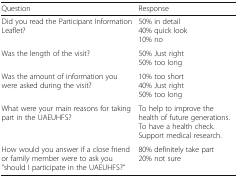
<table><thead><tr><td><b>Question</b></td><td><b>Response</b></td></tr></thead><tbody><tr><td>Did you read the Participant Information Leaflet?</td><td>50% in detail40% quick look10% no</td></tr><tr><td>Was the length of the visit?</td><td>50% Just right50% too long</td></tr><tr><td>Was the amount of information you were asked during the visit?</td><td>10% too short40% Just right50% too long</td></tr><tr><td>What were your main reasons for taking part in the UAEUHFS?</td><td>To help to improve the health of future generations.To have a health check.Support medical research.</td></tr><tr><td>How would you answer if a close friend or family member were to ask you “should I participate in the UAEUHFS?”</td><td>80% definitely take part20% not sure</td></tr></tbody></table>